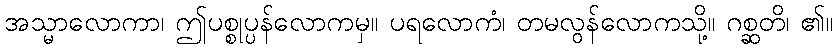
အသ္မာလောကာ၊ ဤပစ္စုပ္ပန်လောကမှ။ ပရလောကံ၊ တမလွန်လောကသို့။ ဂစ္ဆတိ၊ ၏။